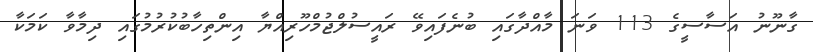
ގާނޫނު އަސާސީގެ 113 ވަނަ މާއްދާގައި ބުނެފައިވޭ ރައީސުލްޖުމްހޫރިއްޔާ އިންތިހާބުކުރުމުގައި ދިމާވާ ކަމަކާ